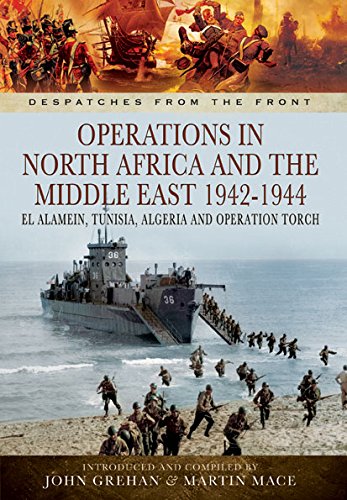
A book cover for Operations in North Africa and the Middle East 1942-1944: El Alamein, Tunisia, Algeria and Operation Torch (Despatches from the Front); John Grehan; History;